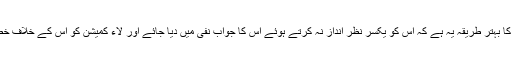
شرکاء کا خیال تھا کہ لاء کمیشن کے سوالنامہ کو بے اثر کرنے کا بہتر طریقہ یہ ہے کہ اس کو یکسر نظر انداز نہ کرتے ہوئے اس کا جواب نفی میں دیا جائے اور لاء کمیشن کو اس کے خلاف خطوط لکھے جائیں تاکہ ملت کا جواب کمیشن کے ریکارڈ پر رہے۔